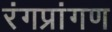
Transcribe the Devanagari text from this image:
रंगप्रांगण